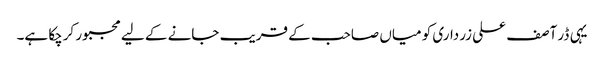
یہی ڈر آصف علی زرداری کو میاں صاحب کے قریب جانے کے لیے مجبور کرچکا ہے۔